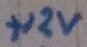
Text: +12V